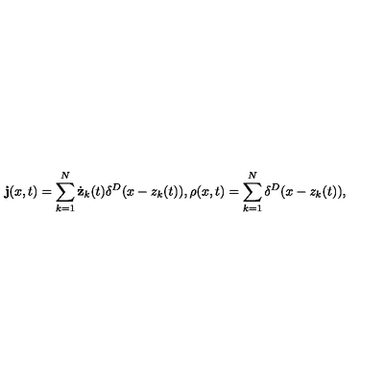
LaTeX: { \bf j } ( x , t ) = \sum _ { k = 1 } ^ { N } \dot { \bf z } _ { k } ( t ) \delta ^ { D } ( x - z _ { k } ( t ) ) , \rho ( x , t ) = \sum _ { k = 1 } ^ { N } \delta ^ { D } ( x - z _ { k } ( t ) ) ,